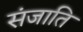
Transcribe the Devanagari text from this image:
संजाति